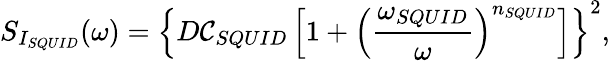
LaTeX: S_{I_{SQUID}}(\omega)=\left\{ D\mathcal{C}_{SQUID}\left[1+\left(\frac{{\omega_{SQUID}}}{{\omega}}\right)^{n_{SQUID}}\right]\right\} ^{2},